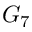
G _ { 7 }